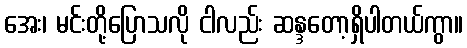
အေး၊ မင်းတို့ပြောသလို ငါလည်း ဆန္ဒတော့ရှိပါတယ်ကွာ။